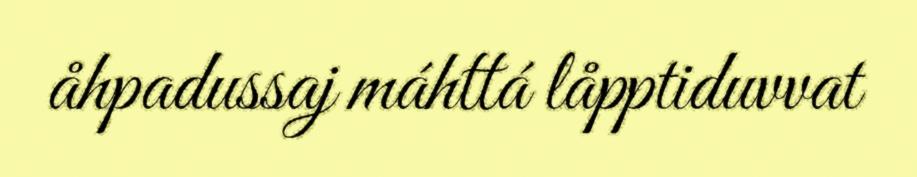
åhpadussaj máhttá låpptiduvvat